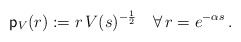
\begin{align*}\mathsf p_V(r):=r\,V(s)^{-\frac12}\quad\forall\,r=e^{-\alpha s}\,.\end{align*}